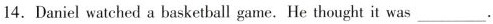
14. Daniel watched a basketball game. He thought it was___.